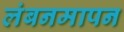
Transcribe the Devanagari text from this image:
लंबनमापन